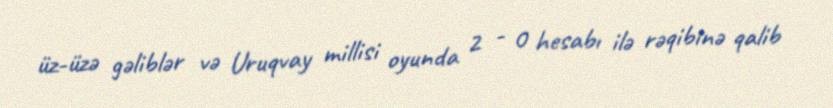
üz-üzə gəliblər və Uruqvay millisi oyunda 2 - 0 hesabı ilə rəqibinə qalib